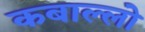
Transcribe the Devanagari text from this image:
कबाल्लो